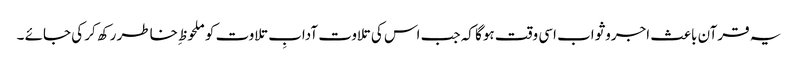
یہ قرآن باعث اجروثواب اسی وقت ہوگا کہ جب اس کی تلاوت آدابِ تلاوت کو ملحوظ ِخاطر رکھ کر کی جائے ۔